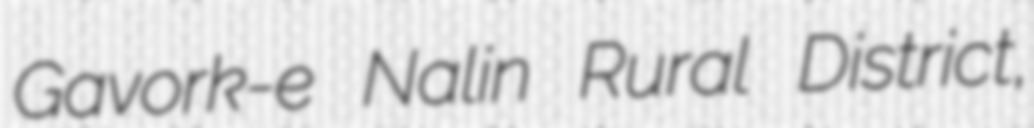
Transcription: Gavork-e Nalin Rural District,